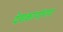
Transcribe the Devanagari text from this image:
देशकार्याच्या